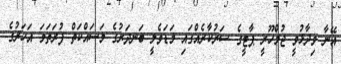
އޭނާ ވިދާޅުވީ ޖުމްހޫރީ ޕާޓީގެ ސަރުކާރެއްގައި މަޑަވެލީ ބަނދަރުގެ މަސައްކަތް ފުރަތަމަ އަހަރުގެ